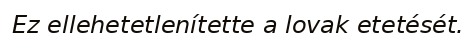
Ez ellehetetlenítette a lovak etetését.